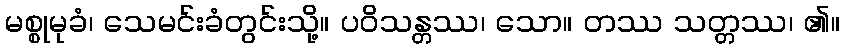
မစ္စုမုခံ၊ သေမင်းခံတွင်းသို့။ ပဝိသန္တဿ၊ သော။ တဿ သတ္တဿ၊ ၏။